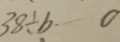
3 8 \div b \cdots 0